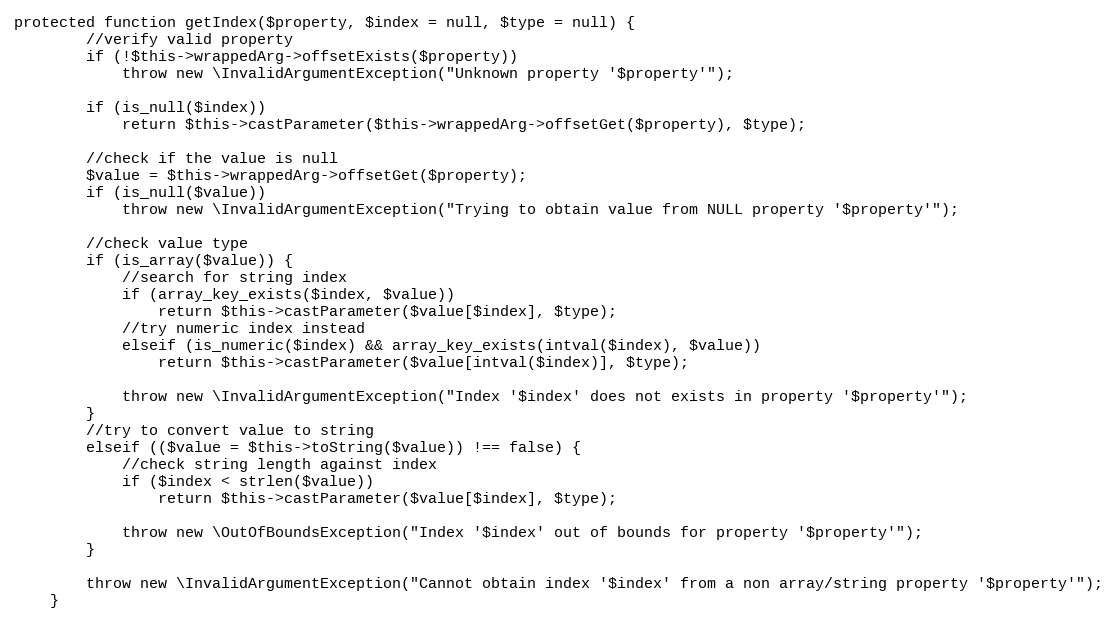
Language: PHP
protected function getIndex($property, $index = null, $type = null) {
		//verify valid property
		if (!$this->wrappedArg->offsetExists($property))
			throw new \InvalidArgumentException("Unknown property '$property'");

		if (is_null($index))
			return $this->castParameter($this->wrappedArg->offsetGet($property), $type);

		//check if the value is null
		$value = $this->wrappedArg->offsetGet($property);
		if (is_null($value))
			throw new \InvalidArgumentException("Trying to obtain value from NULL property '$property'");

		//check value type
		if (is_array($value)) {
			//search for string index
			if (array_key_exists($index, $value))
				return $this->castParameter($value[$index], $type);
			//try numeric index instead
			elseif (is_numeric($index) && array_key_exists(intval($index), $value))
				return $this->castParameter($value[intval($index)], $type);

			throw new \InvalidArgumentException("Index '$index' does not exists in property '$property'");
		}
		//try to convert value to string
		elseif (($value = $this->toString($value)) !== false) {
			//check string length against index
			if ($index < strlen($value))
				return $this->castParameter($value[$index], $type);

			throw new \OutOfBoundsException("Index '$index' out of bounds for property '$property'");
		}

		throw new \InvalidArgumentException("Cannot obtain index '$index' from a non array/string property '$property'");
	}